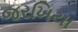
જરખિયા